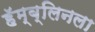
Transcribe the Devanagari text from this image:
हॅम्ब्लिनला